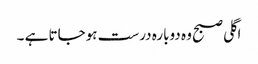
اگلی صبح وہ دوبارہ درست ہوجاتا ہے ۔